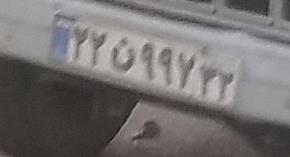
۲۲ن۹۹۷۳۳